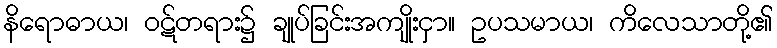
နိရောဓာယ၊ ဝဋ်တရား၌ ချုပ်ခြင်းအကျိုးငှာ။ ဥပသမာယ၊ ကိလေသာတို့၏